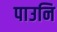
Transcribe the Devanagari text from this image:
पाउनि